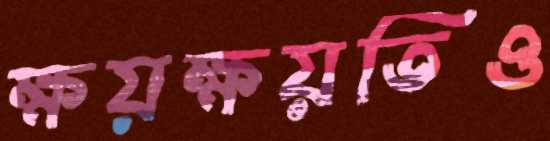
ক্ষয়ক্ষয়তিও